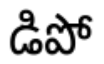
డిపో